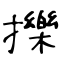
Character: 擽